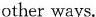
other ways.